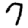
Digit: 7